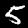
Digit: 5